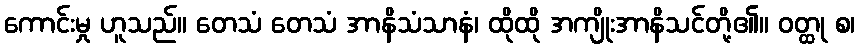
ကောင်းမှု ဟူသည်။ တေသံ တေသံ အာနိသံသာနံ၊ ထိုထို အကျိုးအာနိသင်တို့၏။ ဝတ္ထု စ၊